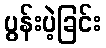
ပွန်းပဲ့ခြင်း